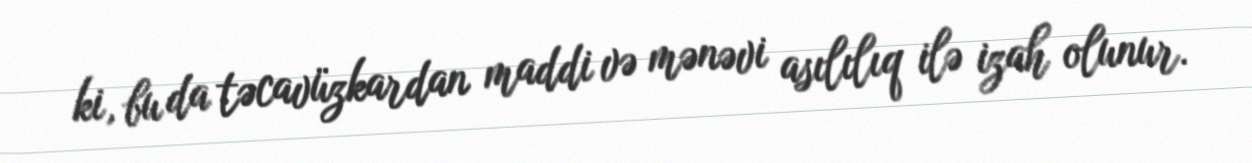
ki, bu da təcavüzkardan maddi və mənəvi asılılıq ilə izah olunur.